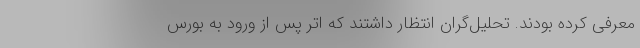
معرفی کرده بودند. تحلیل‌گران انتظار داشتند که اتر پس از ورود به بورس